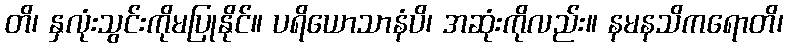
တိ၊ နှလုံးသွင်းကိုမပြုနိုင်။ ပရိယောသာနံပိ၊ အဆုံးကိုလည်း။ နမနသိကရောတိ၊